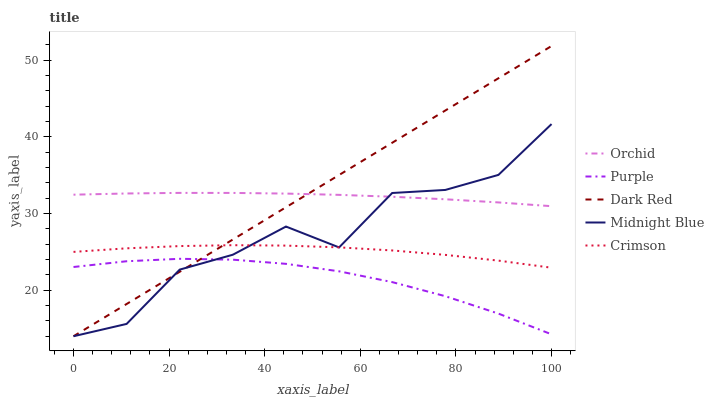
| xaxis_label | Orchid | Purple | Dark Red | Midnight Blue | Crimson |
 | --- | --- | --- | --- | --- | --- |
 | 0 | 32.5 | 23 | 14 | 14 | 25 |
 | 11.1 | 32.6 | 23.8 | 18.2 | 15.6 | 25.5 |
 | 22.2 | 32.7 | 24.1 | 22.4 | 22.7 | 25.8 |
 | 33.3 | 32.7 | 24 | 26.6 | 24.6 | 25.9 |
 | 44.4 | 32.6 | 23.4 | 30.8 | 28.3 | 25.8 |
 | 55.6 | 32.4 | 22.5 | 35 | 25.6 | 25.6 |
 | 66.7 | 32.2 | 21.1 | 39.2 | 32.7 | 25.2 |
 | 77.8 | 31.9 | 19.2 | 43.4 | 33.1 | 24.6 |
 | 88.9 | 31.4 | 17 | 47.6 | 35 | 23.9 |
 | 100 | 31 | 14.3 | 51.8 | 41.7 | 22.9 |